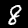
Label: 8